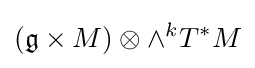
({\mathfrak {g}}\times M)\otimes \wedge ^{k}T^{*}M